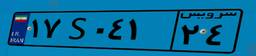
۸۰S۴۸۱۷۲